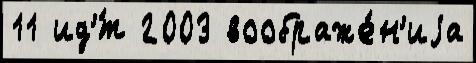
11 ид'́т 2003 воображе́н'иjа